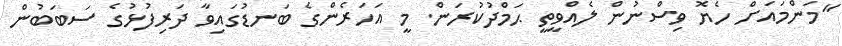
"މަންމައަށް ހެޔޮ ވިސްނުން ލެއްވީތީ ޙަމްދުކުރަން. މީ އަހަރެންގެ ބަނޑުގައިވާ ދަރިފުޅުގެ ސަބަބުން